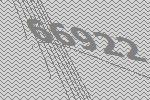
66922